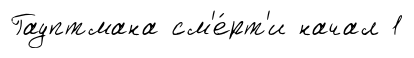
Гауптмана см'е́рт'и начал 1